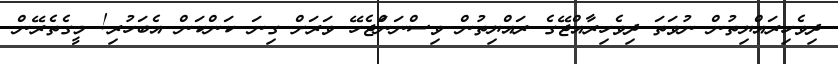
ދިވެހިރައްޔިތުން ނުވަތަ ދިވެހިރާއްޖޭގެ ރައްޔިތުން ވިސްނަނަްޖެހޭ ވަރަށް ގިނަ ކަންކަން އެބަހުރި! މީގެތެރޭން